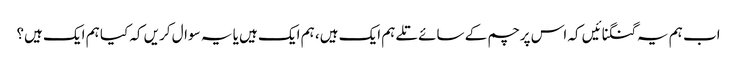
اب ہم یہ گنگنائیں کہ اس پرچم کے سائے تلے ہم ایک ہیں، ہم ایک ہیں یا یہ سوال کریں کہ کیا ہم ایک ہیں؟